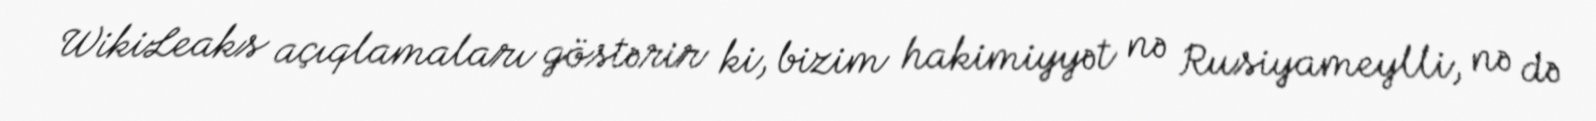
WikiLeaks açıqlamaları göstərir ki, bizim hakimiyyət nə Rusiyameylli, nə də